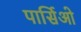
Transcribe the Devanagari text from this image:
पार्सिओ